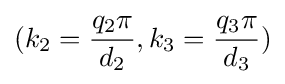
(k_{2}={q_{2}\pi  \over d_{2}},k_{3}={q_{3}\pi  \over d_{3}})